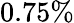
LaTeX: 0.75\%